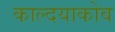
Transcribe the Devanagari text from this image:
काल्दयाकोव